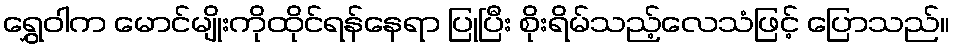
ရွှေဝါက မောင်မျိုးကိုထိုင်ရန်နေရာ ပြုပြီး စိုးရိမ်သည့်လေသံဖြင့် ပြောသည်။